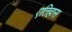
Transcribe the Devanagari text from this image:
एतिहास